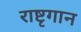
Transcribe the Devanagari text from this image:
राष्टृगान